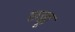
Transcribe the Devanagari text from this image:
छक्कू